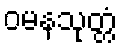
ဝမနသုတ္တံ